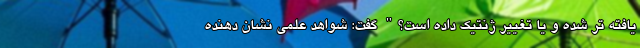
یافته تر شده و یا تغییر ژنتیک داده است؟" گفت: شواهد علمی نشان دهنده